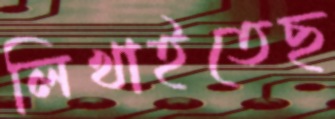
লিখাইতেছ